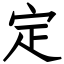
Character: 定